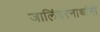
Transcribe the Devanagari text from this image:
जालिंदरनाथांनी